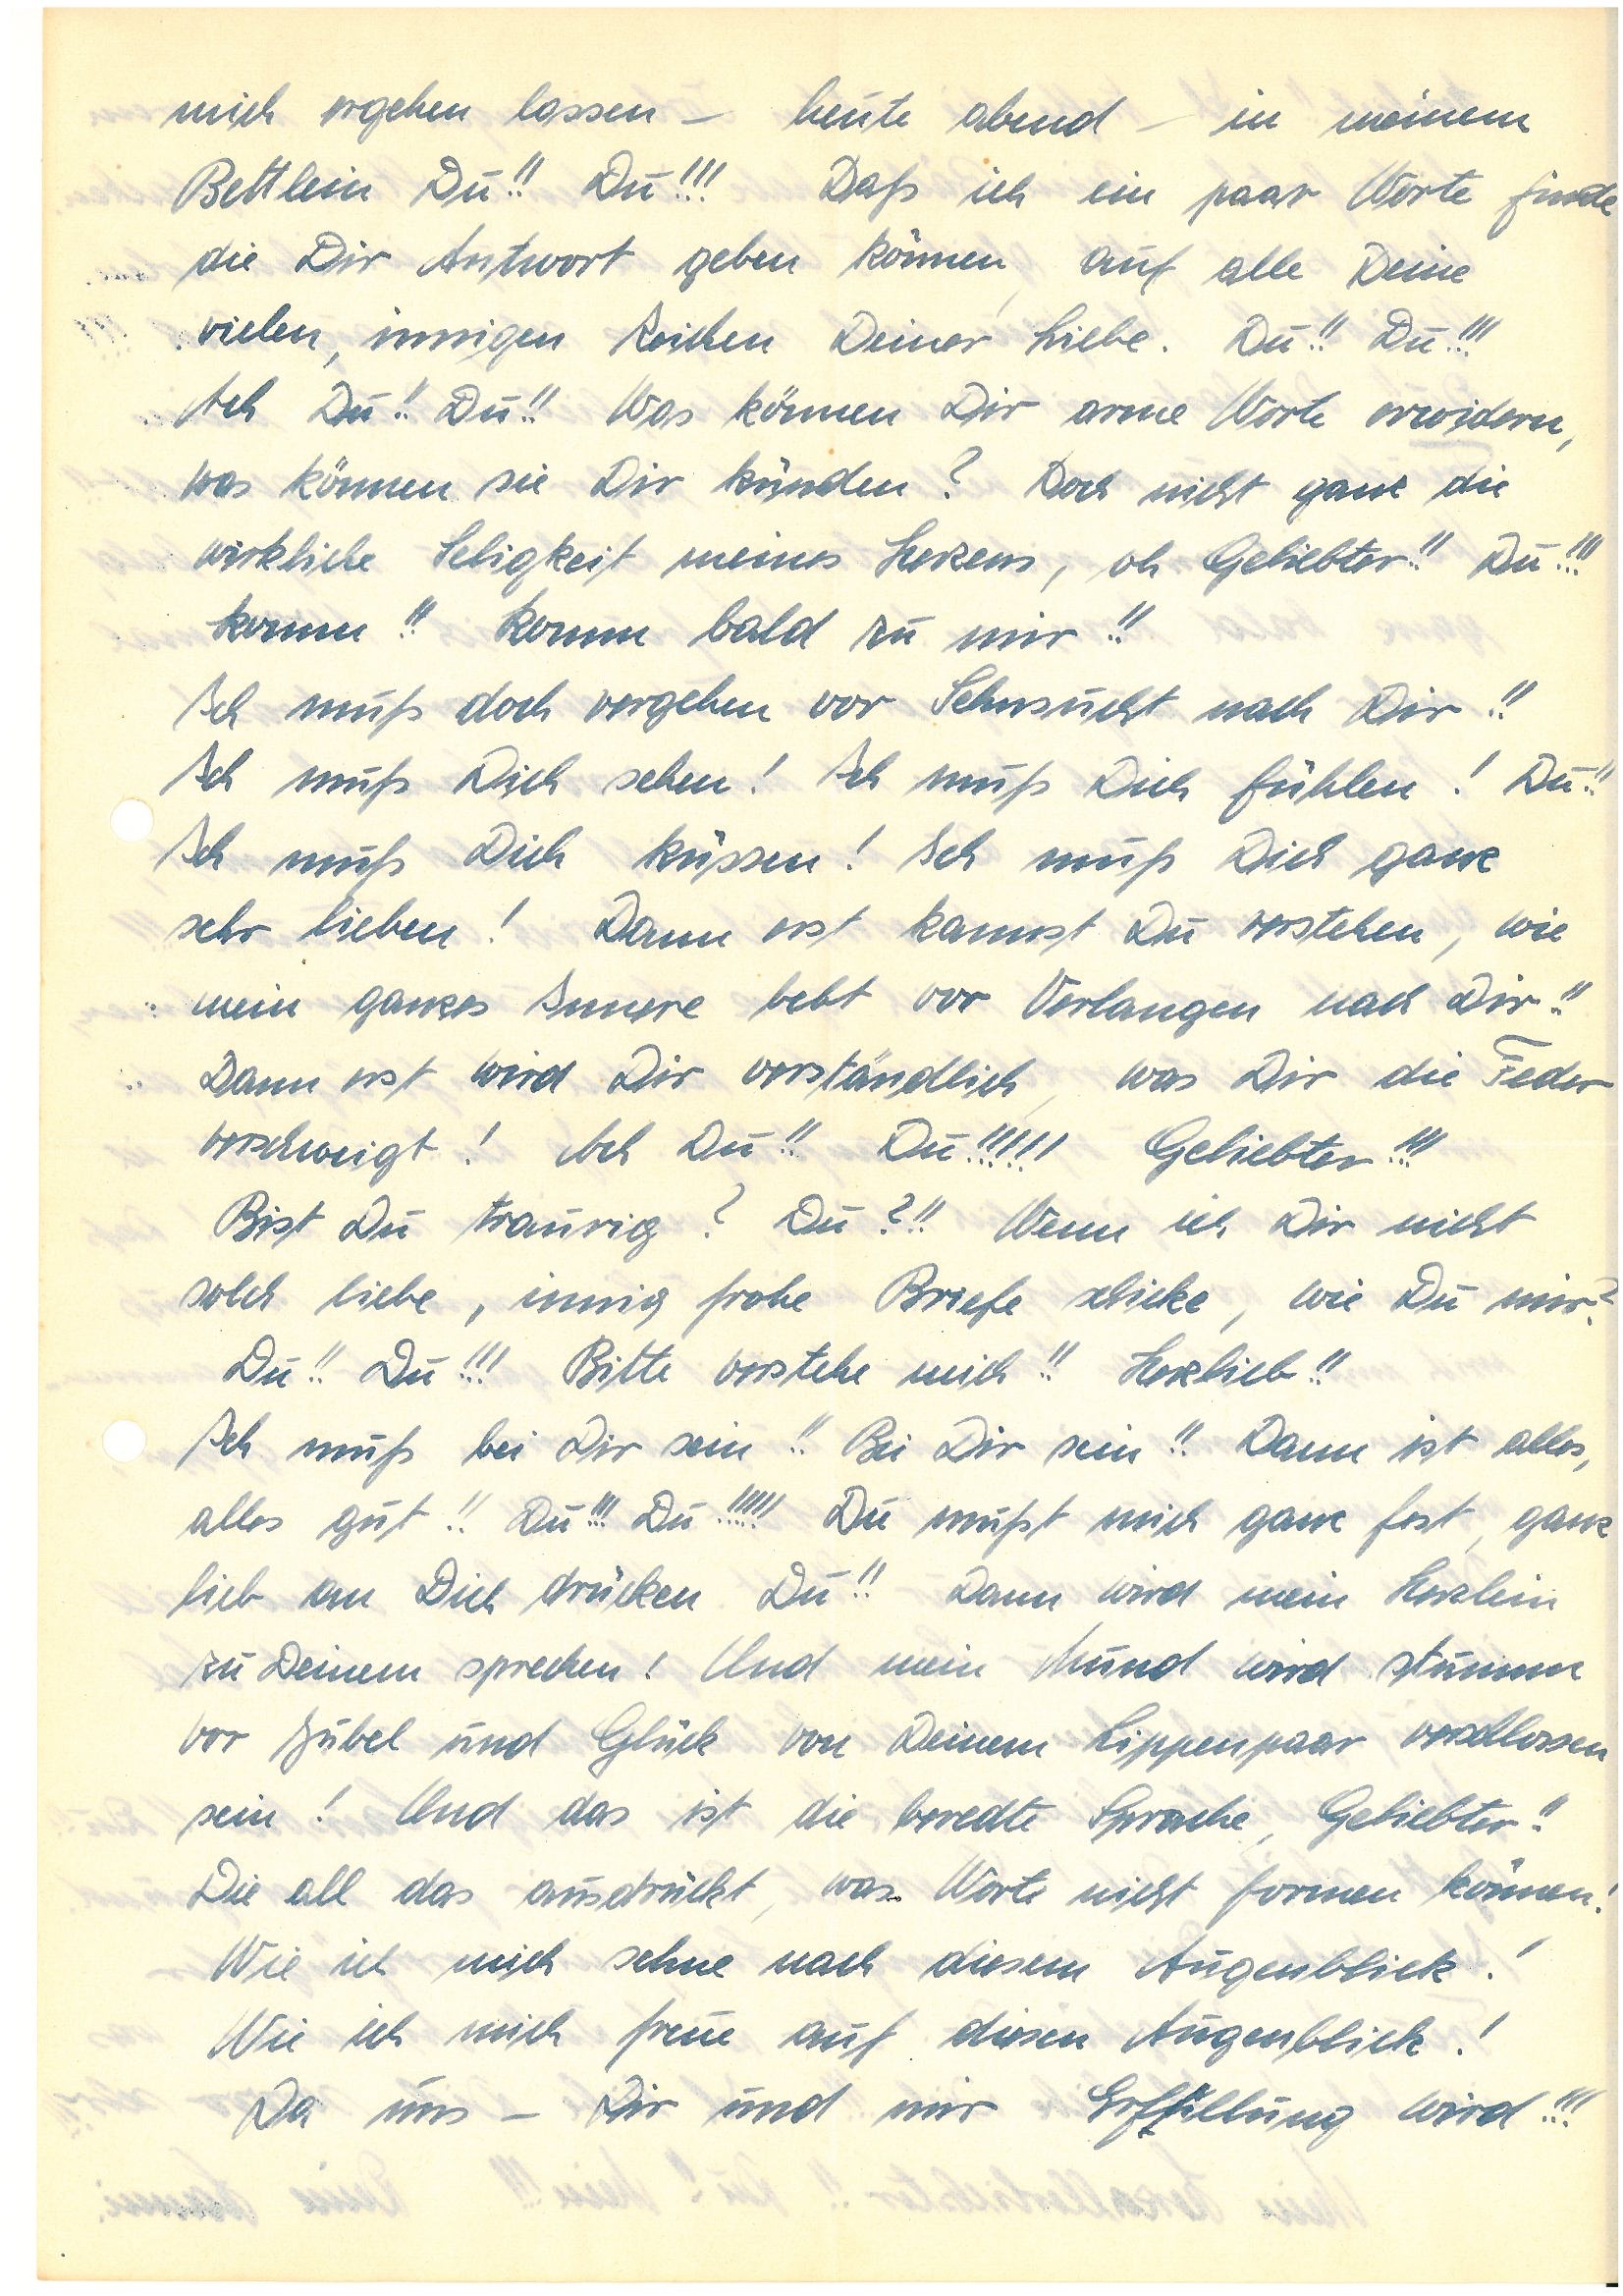
mich ergehen lassen – heute abend – in meinem
Bettlein Du!! Du!!! Daß ich ein paar Worte finde
die Dir Antwort geben können, auf alle Deine
vielen, innigen Zeichen Deiner Liebe. Du!! Du!!!
Ach Du!! Du!! Was können Dir arme Worte erwidern,
was können sie Dir künden? Doch nicht ganz die
wirkliche Seligkeit meines Herzens, oh Geliebter!! Du!!!
Komm!! Komm bald zu mir!!
Ich muß doch vergehen vor Sehnsucht nach Dir!!
Ich muß Dich sehen! Ich muß Dich fühlen! Du!!
Ich muß Dich küssen! Mich muß Dich ganz
sehr lieben! Dann erst kannst Du verstehen, wie
mein ganzes Innere bebt vor Verlangen nach Dir!!
Dann erst wird Dir verständlich, was Dir die Feder
verschweigt! Ach Du!! Du!!!!! Geliebter!!!
Bist Du trauig? Du?!! Wenn ich Dir nicht
solch liebe, innig frohe Briefe schicke, wie Du mir?
Du!! Du!!! Bitte verstehe mich!! Herzlieb!!
Ich muß bei Dir sein!! Bei Dir sein!! Dann ist alles,
alles gut!! Du!!! Du!!!!! Du mußt mich ganz fest, ganz
lieb an Dich drücken. Du!! Dann wird mein Herzlein
zu Deinem sprechen! Und mein Mund wird stummer
vor Jubel und Glück von Deinem Lippenpaar verschlossen
sein! Und das ist die beredte Sprache, Geliebter!!
Die all das ausdrückt, was Worte nicht formen können!
Wie ich mich sehne nach diesem Augenblick!
Wie ich mich freue auf diesen Augenblick!
Da uns – Dir und mir Erfüllung wird!!!